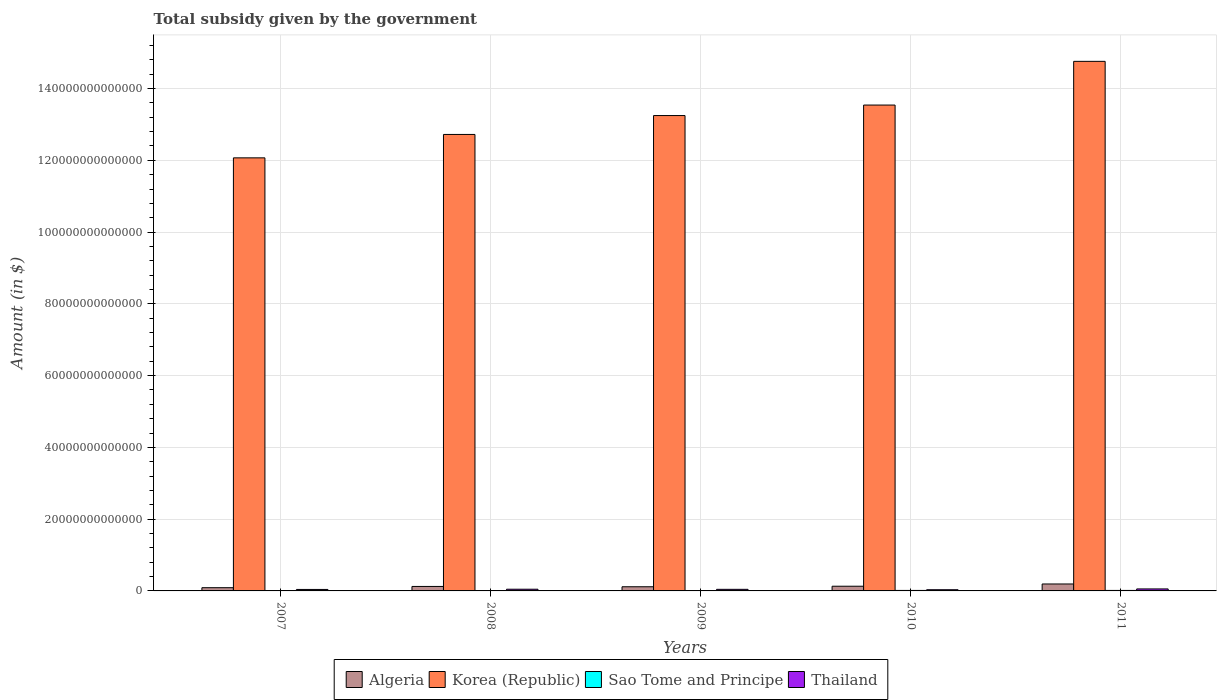
| Years | Algeria | Korea (Republic) | Sao Tome and Principe | Thailand |
 | --- | --- | --- | --- | --- |
 | 2007 | 9e+11 | 1.21e+14 | 9.39e+10 | 4.09e+11 |
 | 2008 | 1.25e+12 | 1.27e+14 | 6.06e+10 | 4.7e+11 |
 | 2009 | 1.16e+12 | 1.32e+14 | 9.66e+10 | 4.43e+11 |
 | 2010 | 1.31e+12 | 1.35e+14 | 1.37e+11 | 3.35e+11 |
 | 2011 | 1.93e+12 | 1.48e+14 | 1.39e+11 | 5.55e+11 |